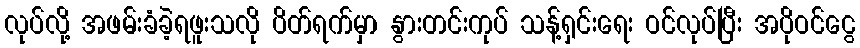
လုပ်လို့ အဖမ်းခံခဲ့ရဖူးသလို ပိတ်ရက်မှာ နွားတင်းကုပ် သန့်ရှင်းရေး ဝင်လုပ်ပြီး အပိုဝင်ငွေ